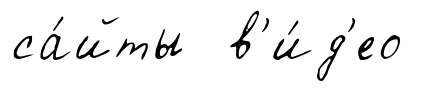
са́йты в'и́д'ео